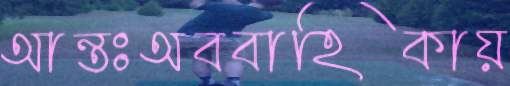
আন্তঃঅববাহিকায়